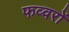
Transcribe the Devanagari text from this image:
फव्‍वरों